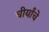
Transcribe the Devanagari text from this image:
चीर्यांचे